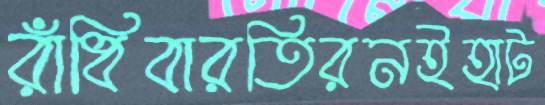
রাঁধিবারতিরনইহাট